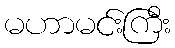
မဟာမင်းကြီး